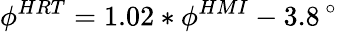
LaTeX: \phi^{HRT}=1.02\ast\phi^{HMI}-3.8\, ^{\circ}